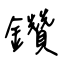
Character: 鑽